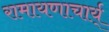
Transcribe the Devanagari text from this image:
रामायणाचार्य्